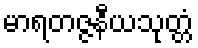
မာရတဇ္ဇနီယသုတ္တံ